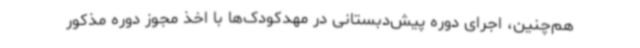
هم‌چنین، اجرای دوره پیش‌دبستانی در مهدکودک‌ها با اخذ مجوز دوره مذکور